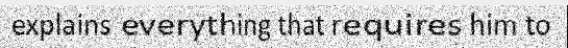
explains everything that requires him to